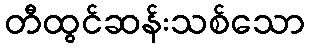
တီထွင်ဆန်းသစ်သော